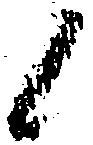
候